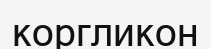
коргликон